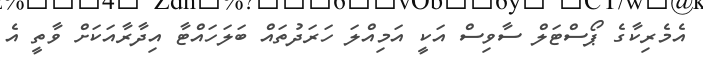
އެމެރިކާގެ ޕޯސްޓަލް ސާވިސް އަކީ އަމިއްލަ ހަރަދުތައް ބަލަހައްޓާ އިދާރާއަކަށް ވާތީ އެ